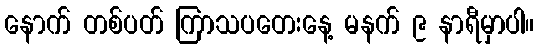
နောက် တစ်ပတ် ကြာသပတေးနေ့ မနက် ၉ နာရီမှာပါ။